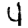
Digit: 4